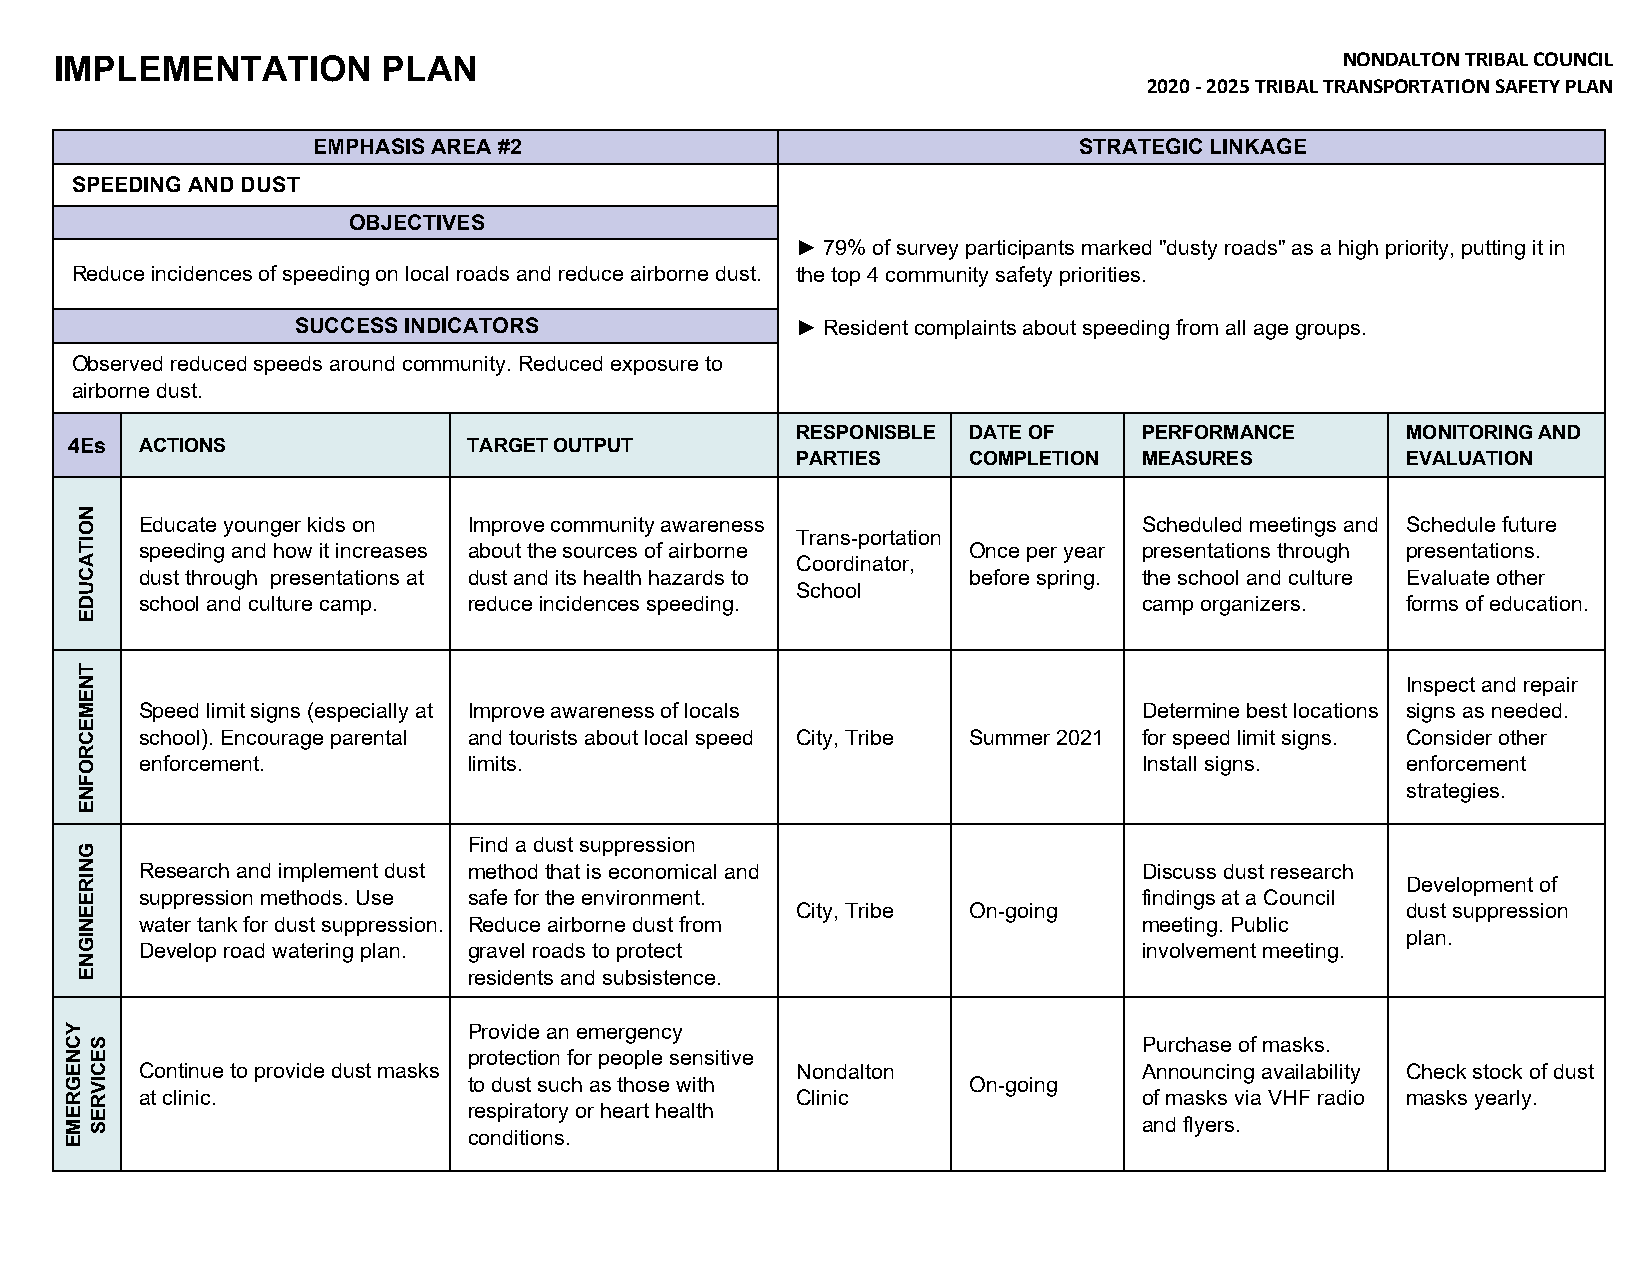
IMPLEMENTATION       PLAN                                                            NONDALTON TRIBAL COUNCIL
 2020 ‐ 2025 TRIBAL TRANSPORTATION SAFETY PLAN
 EMPHASIS AREA #2                                  STRATEGIC LINKAGE
 SPEEDING AND DUST
 OBJECTIVES
 ► 79% of survey participants marked "dusty roads" as a high priority, putting it in
 Reduce incidences of speeding on local roads and reduce airborne dust. the top 4 community safety priorities.
 SUCCESS INDICATORS               ► Resident complaints about speeding from all age groups.
 Observed reduced speeds around community. Reduced exposure to
 airborne dust.
 RESPONISBLE DATE OF    PERFORMANCE      MONITORING AND
 4Es ACTIONS               TARGET OUTPUT
 PARTIES    COMPLETION  MEASURES         EVALUATION
 Educate younger kids on Improve community awareness                Scheduled meetings and Schedule future
 Trans-portation
 speeding and how it increases about the sources of airborne Once per year presentations through presentations.
 Coordinator,
 dust through presentations at dust and its health hazards to before spring. the school and culture Evaluate other
 School
 school and culture camp. reduce incidences speeding.               camp organizers. forms of education.
 Inspect and repair
 Speed limit signs (especially at Improve awareness of locals       Determine best locations signs as needed.
 school). Encourage parental and tourists about local speed City, Tribe Summer 2021 for speed limit signs. Consider other
 enforcement.          limits.                                      Install signs.   enforcement
 strategies.
 Find a dust suppression
 Research and implement dust method that is economical and          Discuss dust research
 Development of
 suppression methods. Use safe for the environment.                 findings at a Council
 City, Tribe On-going                    dust suppression
 water tank for dust suppression. Reduce airborne dust from         meeting. Public
 plan.
 Develop road watering plan. gravel roads to protect                involvement meeting.
 residents and subsistence.
 Provide an emergency
 Purchase of masks.
 protection for people sensitive
 Continue to provide dust masks              Nondalton              Announcing availability Check stock of dust
 to dust such as those with       On-going
 at clinic.                                  Clinic                 of masks via VHF radio masks yearly.
 respiratory or heart health
 and flyers.
 conditions.
 YCNEGREME
 NOITACUDE
 TNEMECROFNE
 GNIREENIGNE
 SECIVRES